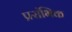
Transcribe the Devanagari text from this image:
प्ररांभिक